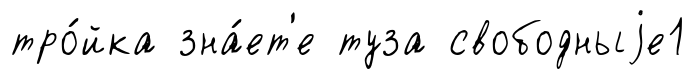
тро́йка зна́ет'е туза свободныjе1